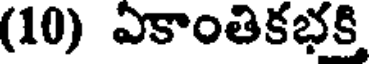
(10) ఏకాంతికభకి